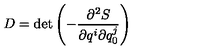
D = \det \left( - \frac { \partial ^ { 2 } S } { \partial q ^ { i } \partial q _ { 0 } ^ { j } } \right)